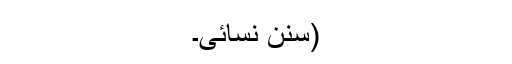
(سنن نسائی۔